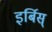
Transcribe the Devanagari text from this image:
इर्बिस्